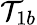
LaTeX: \mathcal{T}_{1b}